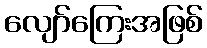
လျော်ကြေးအဖြစ်